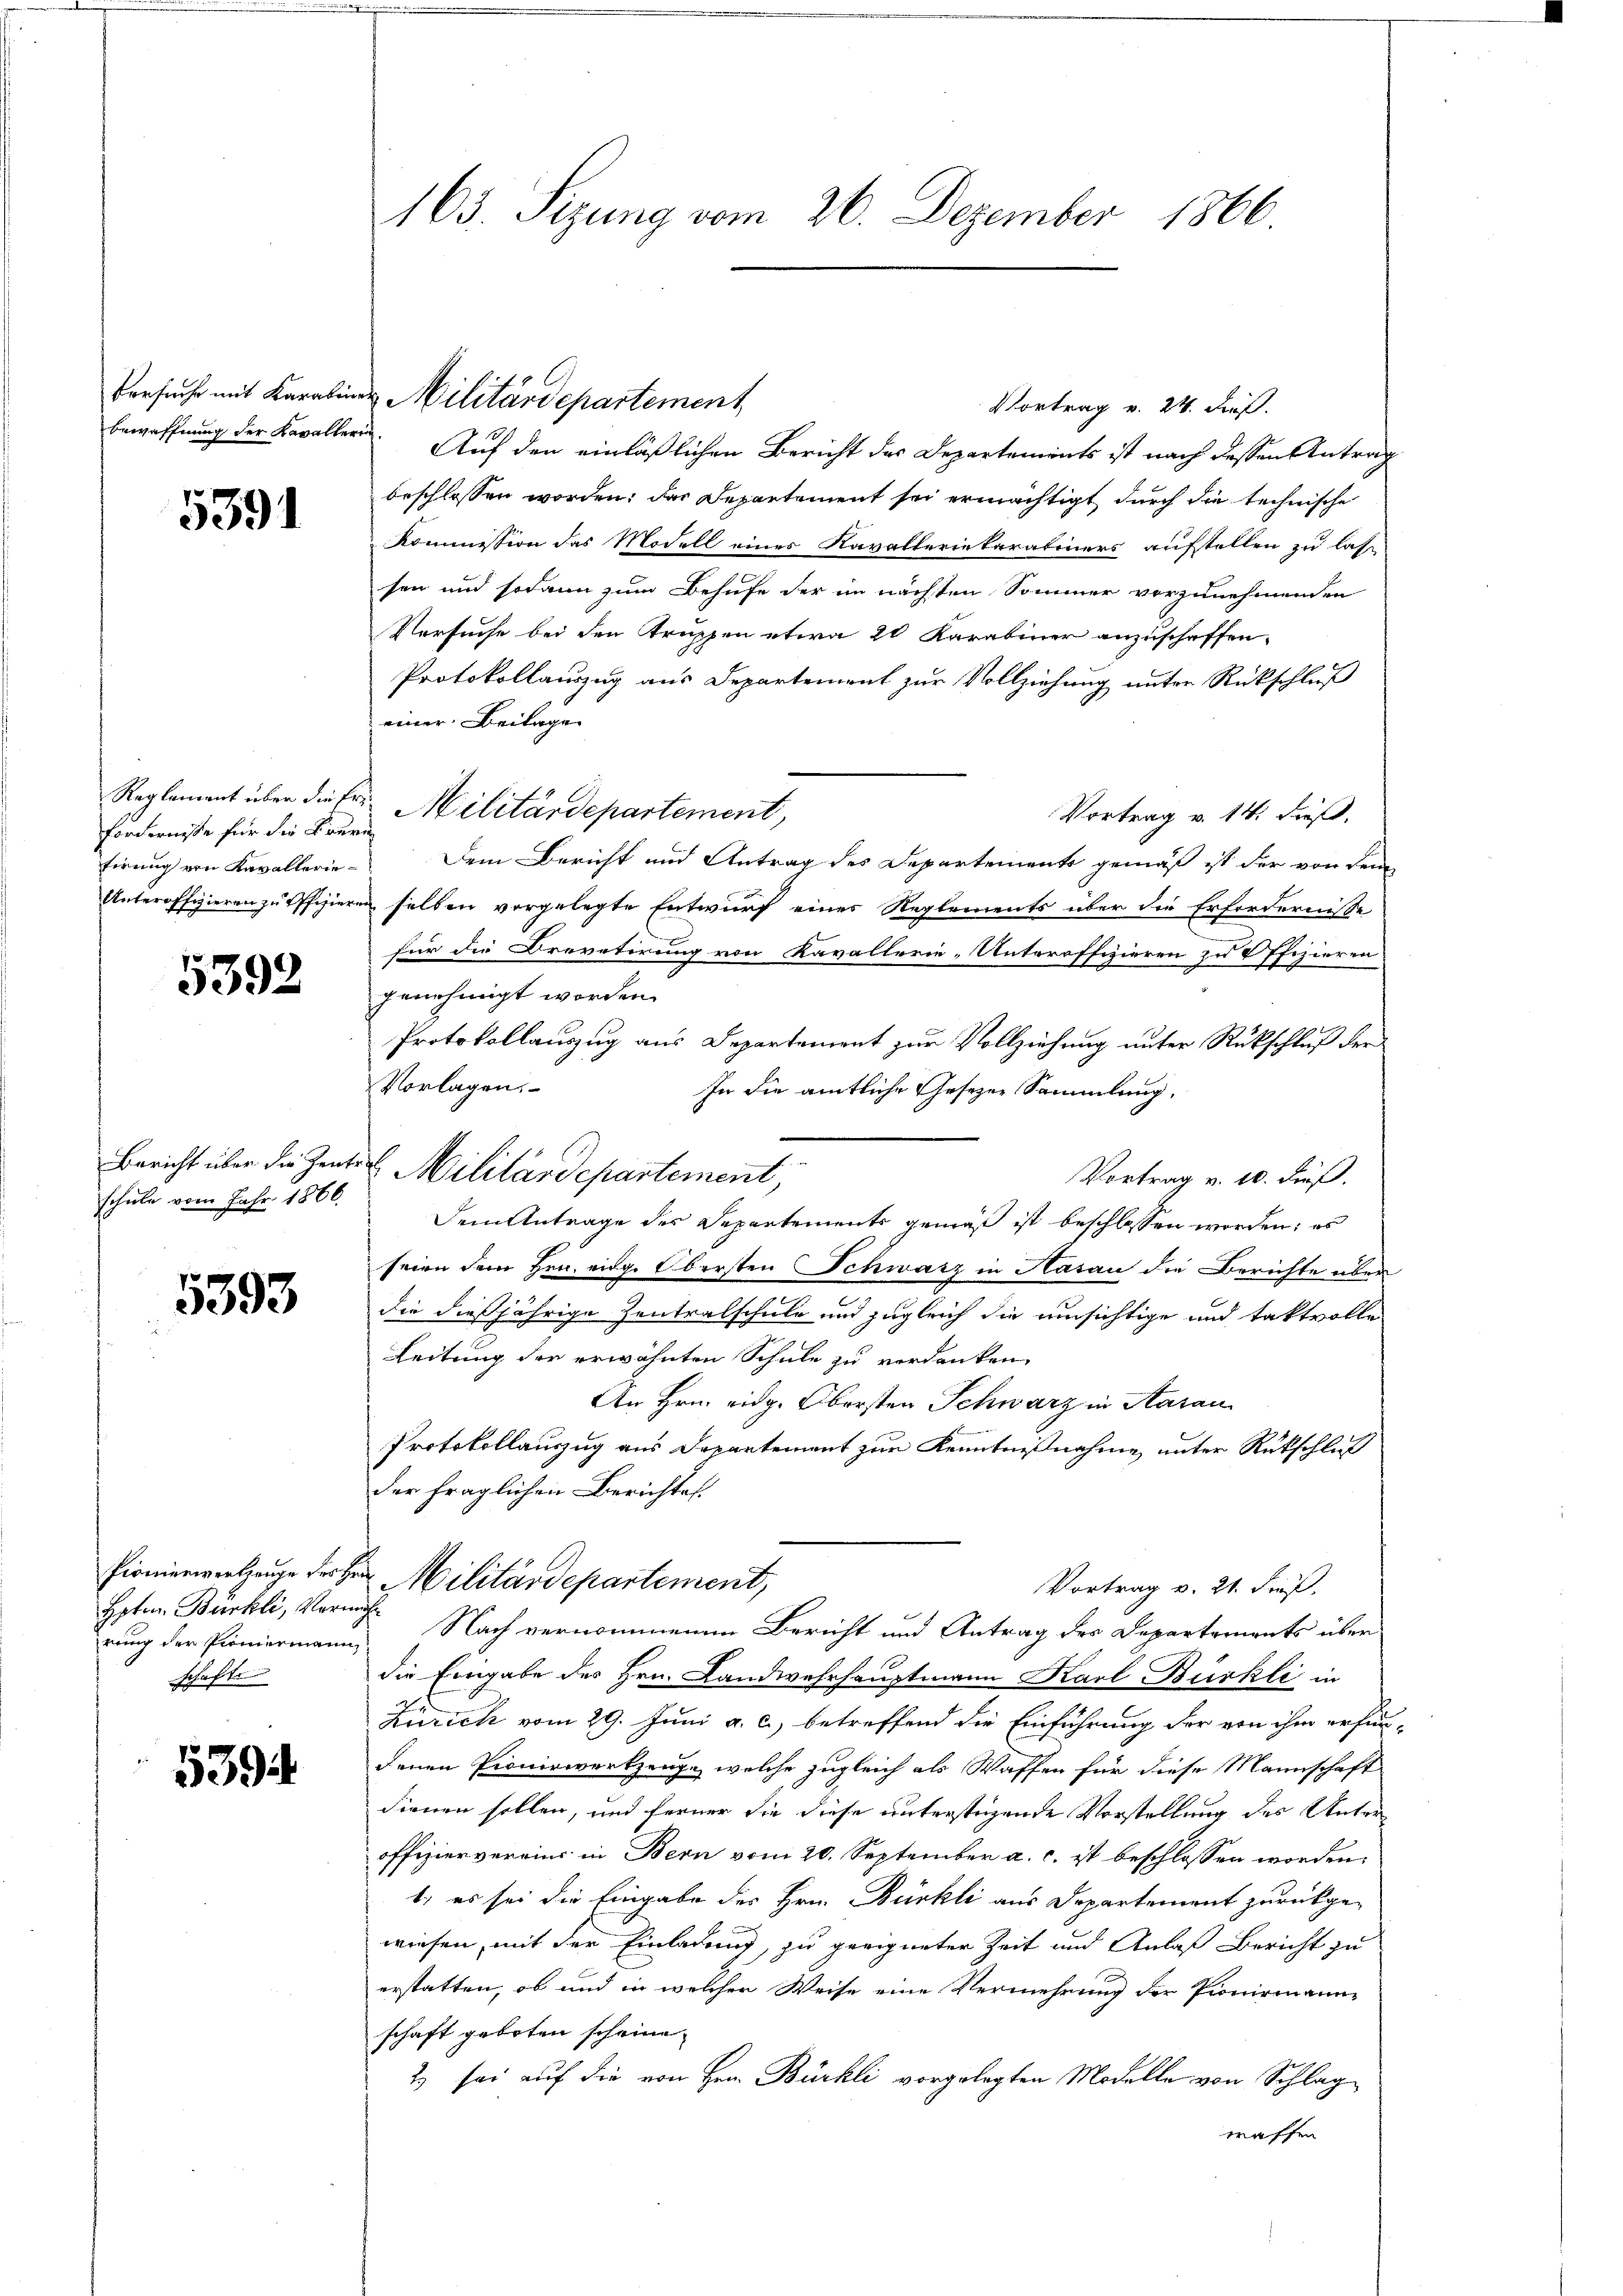
5391

fordernisse für die Frertirung von Kavallerie¬
Unteroffizieren zu Offiziere

5392

Bericht über die Zeite
schule vom Jahr 1866.

5393

Pionierwerkzeuge des
Hpten Bürkli, Vorn
rung der Pioniermann,
schafte

5394

163. Sizung vom 26. Dezember 1866.

Vortrag v. 24. dieß.
bewaffnung der Kavallern. Auf den einläßlichen Bericht des Departements ist nach dessen Antrag
beschlossen worden; das Departement sei ermächtigt, durch die technische
Kommission das Modell einer Kavalleriekaratiners aufstellen zu lass
sen und sodann zum Behufe der im nächsten Sommer vorzunehmenden
Versuche bei den Truppen etwa 20 Karabiner anzuschaffen.
Protokollauszug aus Departement zur Vollziehung unter Rückschluß
einer Beilage
Vortrag v. 14. dieß,
Dem Bericht und Antrag des Departements gemäß ist der von dem
in selben vorgelegte Entwurf eines Reglements über die Erfordernisse
für die Crevetirung von Kavallerie-Unteroffizieren zu 4 ffizieren
genehmigt worden.
Protokollauszug aus Departement zur Vollziehung unter Rückschluß der
Vorlagen,
In die amtliche Gesezen Sammlung,
Vortrag v. 10. dieß.
Dem Antrage des Departements gemäß ist beschlossen worden; es
seien dem Hrn. eidg. Obersten Schwarz in Aarau die Berichte über
die dießjährige Zentralschule und zugleich die umsichtige und taktvolle
Leitung der erwähnten Schule zu verdanken,
An Hrn. eidg. Obersten Schwarz in Aarau
Protokollauszug aus Departement zur Kenntnißnahme unter Rükschluß
der fraglichen Berichtes.
Militärdepartement,
Vortrag v. 21. dieß.
 Nach vernommenen Bericht und Antrag der Departements über
die Eingabe des Hrn. Landwahrhauptmann Karl Bürkli in
Zürich vom 29. Juni a. c., betreffend die Einführung der von ihm erfun
denen Pioniswerkzeuge, welche zugleich als Waffen für diese Mannschaft
dienen sollen, und ferner die diese unterstüzende Vorstellung des Unteroffiziervereins in Bern vom 20. September a. c. ist beschlossen worden.
1.) es sei die Eingabe des Hrn. Bürkli aus Departement zurückge-
wiesen, mit der Einladung, zu geeigneter Zeit und Anlaß Bericht zu
erstatten, ob und in welcher Weise eine Vermehrung der Pioniemann-
schaft geboten scheine
2) sei auf die von Hrn. Bürkli vorgelegten Modelle von Schlag
waffen

Versuche mit Karolina Militärdepartement,

Reglement über die Fr. Militärdepartement,

Militärdepartement,